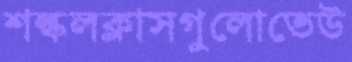
শল্কলক্লাসগুলোতেউ